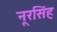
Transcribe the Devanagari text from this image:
नूरसिंह